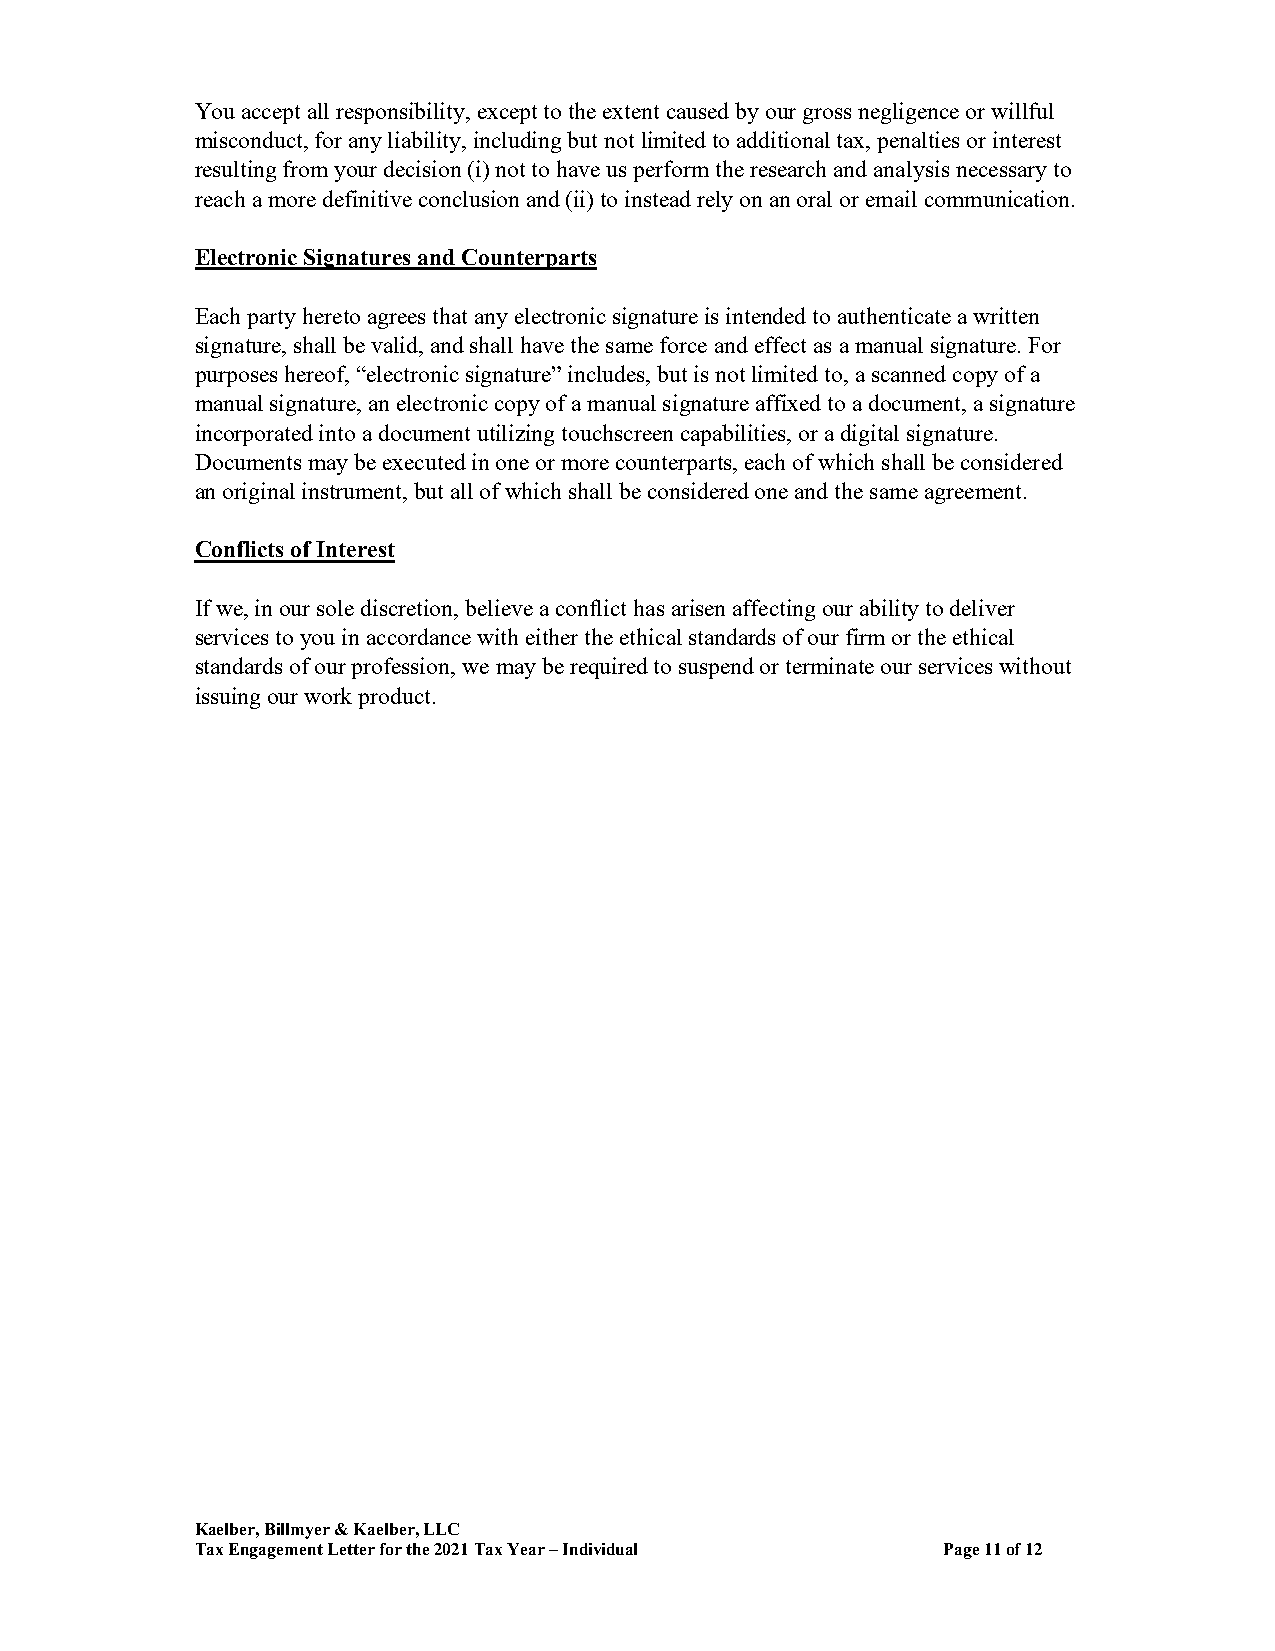
You accept all responsibility, except to the extent caused by our gross negligence or willful
 misconduct, for any liability, including but not limited to additional tax, penalties or interest
 resulting from your decision (i) not to have us perform the research and analysis necessary to
 reach a more definitive conclusion and (ii) to instead rely on an oral or email communication.
 Electronic Signatures and Counterparts
 Each party hereto agrees that any electronic signature is intended to authenticate a written
 signature, shall be valid, and shall have the same force and effect as a manual signature. For
 purposes hereof, “electronic signature” includes, but is not limited to, a scanned copy of a
 manual signature, an electronic copy of a manual signature affixed to a document, a signature
 incorporated into a document utilizing touchscreen capabilities, or a digital signature.
 Documents may be executed in one or more counterparts, each of which shall be considered
 an original instrument, but all of which shall be considered one and the same agreement.
 Conflicts of Interest
 If we, in our sole discretion, believe a conflict has arisen affecting our ability to deliver
 services to you in accordance with either the ethical standards of our firm or the ethical
 standards of our profession, we may be required to suspend or terminate our services without
 issuing our work product.
 Kaelber, Billmyer & Kaelber, LLC
 Tax Engagement Letter for the 2021 Tax Year – Individual Page 11 of 12